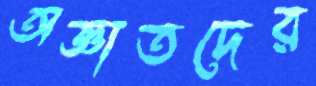
অজ্ঞাতদের